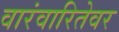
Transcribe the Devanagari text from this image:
वारंवारितेवर